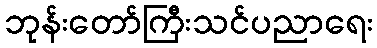
ဘုန်းတော်ကြီးသင်ပညာရေး